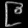
Digit: ၉